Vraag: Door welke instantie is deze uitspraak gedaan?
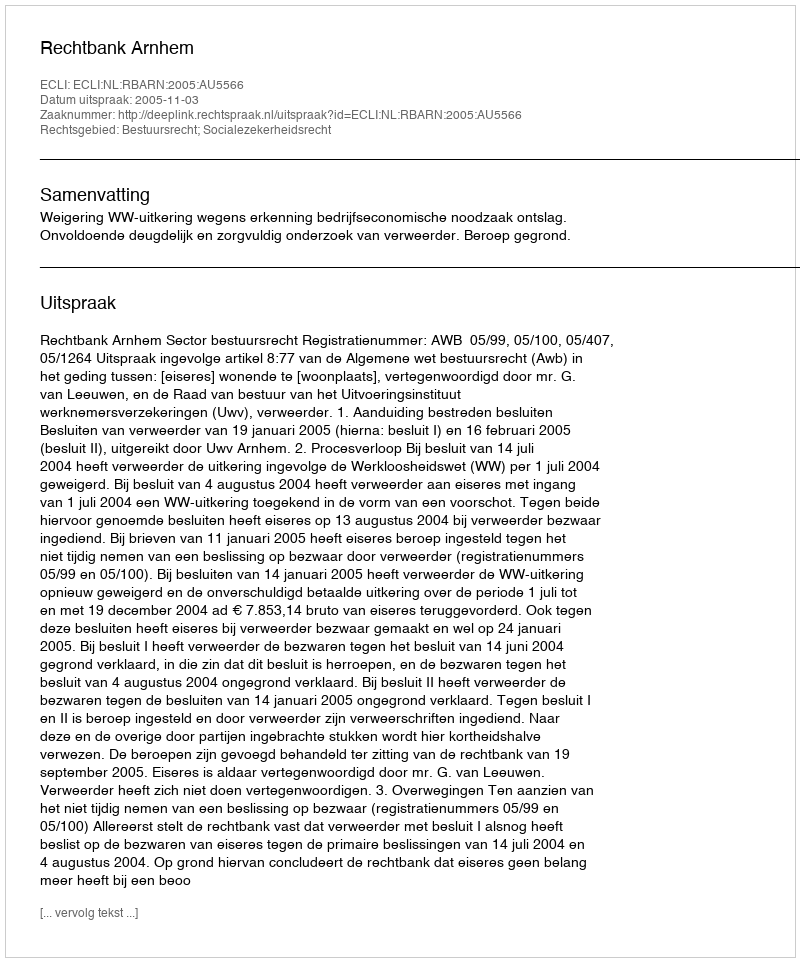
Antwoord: Rechtbank Arnhem